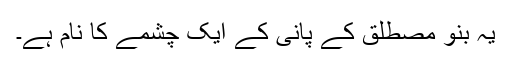
یہ بنو مصطلق کے پانی کے ایک چشمے کا نام ہے۔